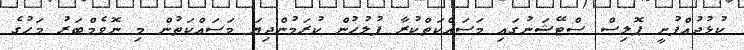
ކުޅުދުއްފުށީ ޕޮލިސް ސްޓޭޝަނުގައި މަސައްކަތްކުރާ ފުލުހުން ކުރަމުންދިޔަ މަސައްކަތުން މި ނޮވެމްބަރު މަހުގެ